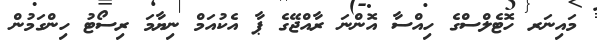
މައިނަރ ހޮޓެލްސްގެ ހިއްސާ އޮންނަ ރާއްޖޭގެ ޕާ އެކުއަމް ނިޔާމަ ރިސޯޓު ހިންގަމުން